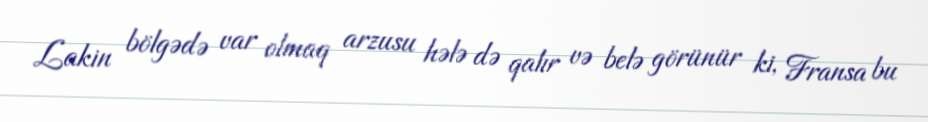
Lakin bölgədə var olmaq arzusu hələ də qalır və belə görünür ki, Fransa bu